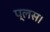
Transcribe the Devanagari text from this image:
प्लस।